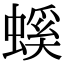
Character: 螇